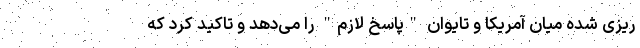
ریزی شده میان آمریکا و تایوان "پاسخ لازم" را می‌دهد و تاکید کرد که